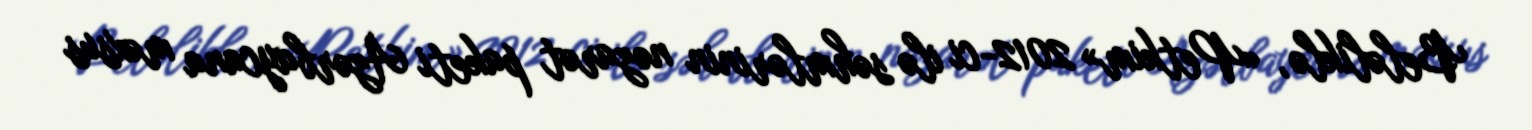
Beləliklə, «Petkim» 2012-ci ilə səhmlərinin nəzarət paketi Azərbaycana məxsus